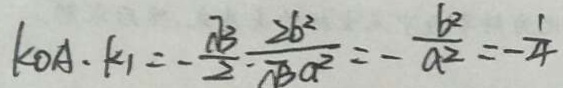
k _ { O A } \cdot k _ { 1 } = - \frac { \sqrt { 3 } } { 2 } \cdot \frac { 2 b ^ { 2 } } { \sqrt { 3 a ^ { 2 } } } = - \frac { b ^ { 2 } } { a ^ { 2 } } = - \frac { 1 } { 4 }